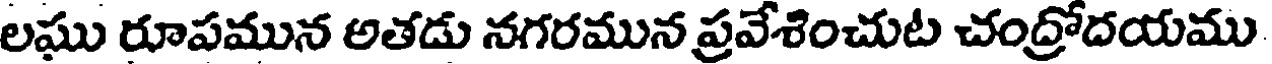
లఘు రూపమున అతడు నగరమున ప్రవేశించుట చంద్రోదయము